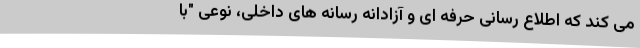
می کند که اطلاع رسانی حرفه ای و آزادانه رسانه های داخلی، نوعی "با